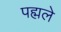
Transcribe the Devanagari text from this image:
पह्मले